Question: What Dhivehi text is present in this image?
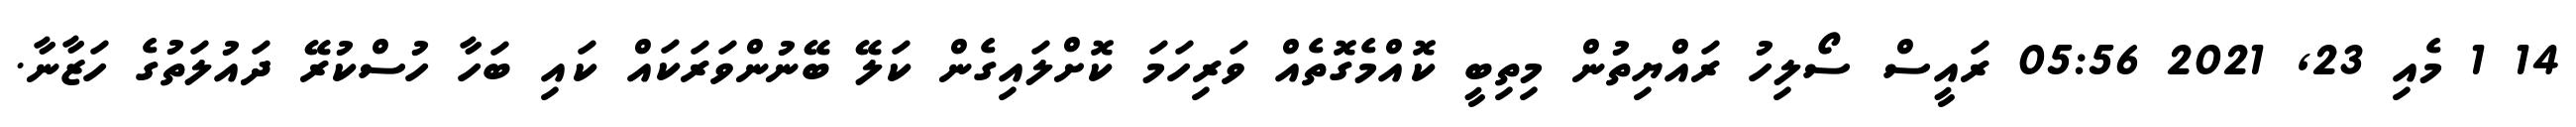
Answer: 14 1 މެއި 23, 2021 05:56 ރައީސް ސޯލިހު ރައްޔިތުން މިތިބީ ކޮއްމެގޮތެއް ވަރިހަމަ ކޮށްލައިގެން ކަލޭ ބޭނުންވަރަކައް ކައި ބަހާ ހުސްކުރޭ ދައުލަތުގެ ހަޒާނާ.